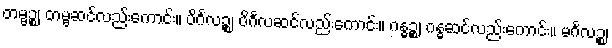
တမ္ဗဉ္စ၊ တမ္ဗဆင်လည်းကောင်း။ ပိင်္ဂလဉ္စ၊ ပိင်္ဂလဆင်လည်းကောင်း။ ဂန္ဓဉ္စ၊ ဂန္ဓဆင်လည်းကောင်း။ မင်္ဂလဉ္စ၊